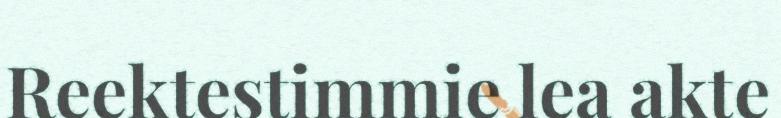
Reektestimmie lea akte